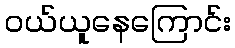
ဝယ်ယူနေကြောင်း